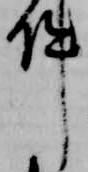
件